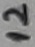
Text: 12